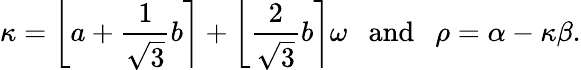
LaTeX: \kappa=\left\lfloor a+{\frac{1}{\sqrt{3}}}b\right\rceil+\left\lfloor{\frac{2}{\sqrt{3}}}b\right\rceil\omega\ \ {\mathrm{~and~}}\ \ \rho={\alpha}-\kappa\beta.